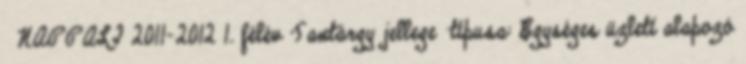
NAPPALI 2011-2012 1. félév Tantárgy jellege típusa: Egységes üzleti alapozó